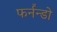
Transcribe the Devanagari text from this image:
फर्नॅन्डो